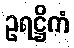
ဥရဋ္ဌိကံ